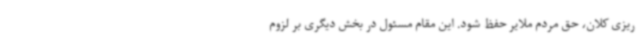
ریزی کلان، حق مردم ملایر حفظ شود. این مقام مسئول در بخش دیگری بر لزوم